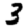
Digit: 3